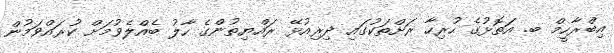
އިބްރާހީމް ބ. އަތޮޅުގެ ހުރިހާ ރަށްތަކުގައި ދިރިއުޅޭ ރައްޔިތުންގެ ހާލު ބެއްލެވުމަށް ކުރައްވަމުން